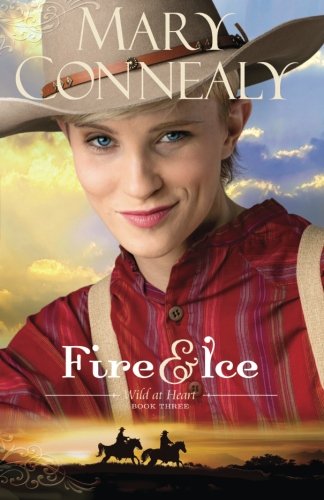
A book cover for Fire and Ice (Wild at Heart); Mary Connealy; Romance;